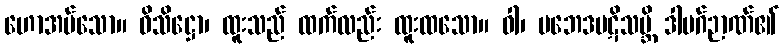
ဟောအပ်သော။ ဝိသိဋ္ဌော၊ ထူးသည် ထက်လည်း ထူးထသော။ ဝါ၊ ပဘေဒပဋိသမ္ဘိ ဒါမဂ်ဉာဏ်၏